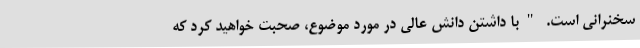
سخنرانی است. "با داشتن دانش عالی در مورد موضوع، صحبت خواهید کرد که